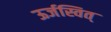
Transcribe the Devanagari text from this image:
ऊर्जस्वित्